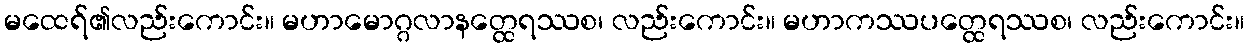
မထေရ်၏လည်းကောင်း။ မဟာမောဂ္ဂလာနတ္ထေရဿစ၊ လည်းကောင်း။ မဟာကဿပတ္ထေရဿစ၊ လည်းကောင်း။